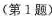
(第1题)